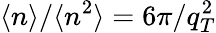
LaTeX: \langle n\rangle/\langle n^{2}\rangle=6\pi/q_{T}^{2}